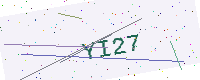
Text: YI27